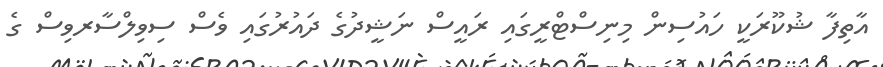
އާތިފާ ޝުކޫރަކީ ހައުސިން މިނިސްޓްރީގައި ރައީސް ނަޝީދުގެ ދައުރުގައި ވެސް ސިވިލްސާރވިސް ގެ